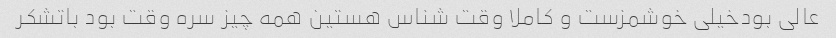
عالی بودخیلی خوشمزست و کاملا وقت شناس هستین همه چیز سره وقت بود باتشکر